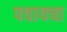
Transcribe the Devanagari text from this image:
पचायचा